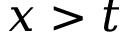
x > t